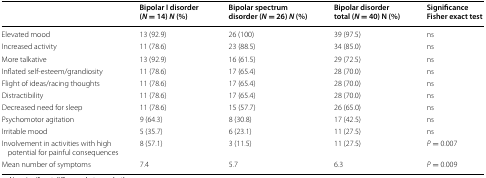
<table><thead><tr><td></td><td><b>Bipolar I disorder (<i>N</i> = 14) <i>N</i> (%)</b></td><td><b>Bipolar spectrum disorder (<i>N</i> = 26) <i>N</i> (%)</b></td><td><b>Bipolar disorder total (<i>N</i> = 40) N (%)</b></td><td><b>Significance Fisher exact test</b></td></tr></thead><tbody><tr><td>Elevated mood</td><td>13 (92.9)</td><td>26 (100)</td><td>39 (97.5)</td><td>ns</td></tr><tr><td>Increased activity</td><td>11 (78.6)</td><td>23 (88.5)</td><td>34 (85.0)</td><td>ns</td></tr><tr><td>More talkative</td><td>13 (92.9)</td><td>16 (61.5)</td><td>29 (72.5)</td><td>ns</td></tr><tr><td>Inflated self-esteem/grandiosity</td><td>11 (78.6)</td><td>17 (65.4)</td><td>28 (70.0)</td><td>ns</td></tr><tr><td>Flight of ideas/racing thoughts</td><td>11 (78.6)</td><td>17 (65.4)</td><td>28 (70.0)</td><td>ns</td></tr><tr><td>Distractibility</td><td>11 (78.6)</td><td>17 (65.4)</td><td>28 (70.0)</td><td>ns</td></tr><tr><td>Decreased need for sleep</td><td>11 (78.6)</td><td>15 (57.7)</td><td>26 (65.0)</td><td>ns</td></tr><tr><td>Psychomotor agitation</td><td>9 (64.3)</td><td>8 (30.8)</td><td>17 (42.5)</td><td>ns</td></tr><tr><td>Irritable mood</td><td>5 (35.7)</td><td>6 (23.1)</td><td>11 (27.5)</td><td>ns</td></tr><tr><td>Involvement in activities with high potential for painful consequences</td><td>8 (57.1)</td><td>3 (11.5)</td><td>11 (27.5)</td><td><i>P</i> = 0.007</td></tr><tr><td>Mean number of symptoms</td><td>7.4</td><td>5.7</td><td>6.3</td><td><i>P</i> = 0.009</td></tr></tbody></table>